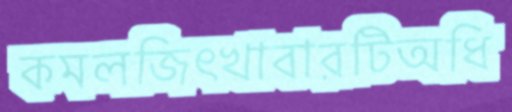
কমলজিৎখাবারটিঅধি